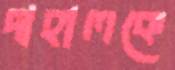
দাহালকে